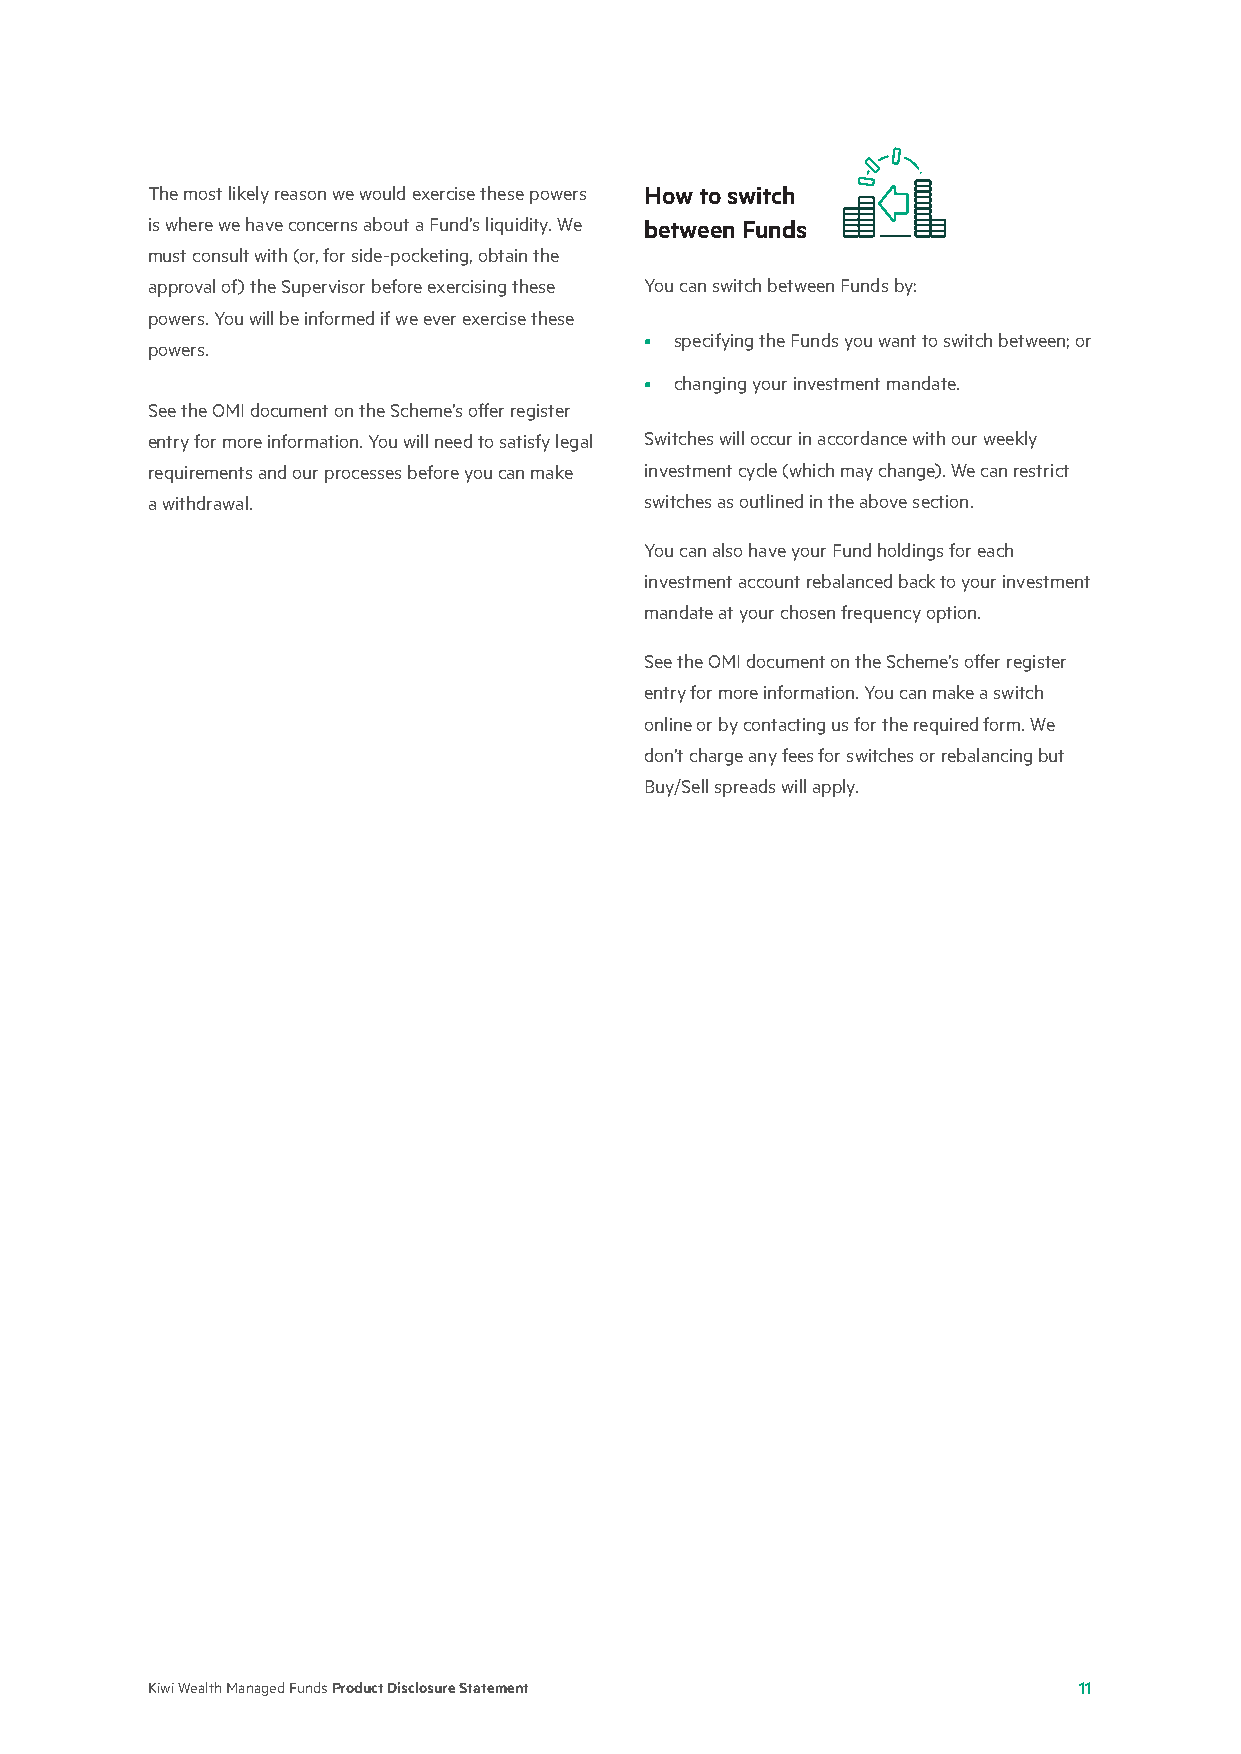
The most likely reason we would exercise these powers How to switch
 is where we have concerns about a Fund’s liquidity. We between Funds
 must consult with (or, for side-pocketing, obtain the
 approval of) the Supervisor before exercising these You can switch between Funds by:
 powers. You will be informed if we ever exercise these
 • specifying the Funds you want to switch between; or
 powers.
 • changing your investment mandate.
 See the OMI document on the Scheme’s offer register
 entry for more information. You will need to satisfy legal Switches will occur in accordance with our weekly
 requirements and our processes before you can make investment cycle (which may change). We can restrict
 a withdrawal.                    switches as outlined in the above section.
 You can also have your Fund holdings for each
 investment account rebalanced back to your investment
 mandate at your chosen frequency option.
 See the OMI document on the Scheme’s offer register
 entry for more information. You can make a switch
 online or by contacting us for the required form. We
 don’t charge any fees for switches or rebalancing but
 Buy/Sell spreads will apply.
 Kiwi Wealth Managed Funds Product Disclosure Statement       11